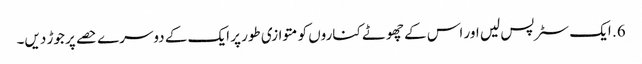
6. ایک سٹرپس لیں اور اس کے چھوٹے کناروں کو متوازی طور پر ایک کے دوسرے حصے پر جوڑ دیں۔